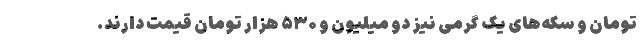
تومان و سکه‌های یک گرمی نیز دو میلیون و ۵۳۰ هزار تومان قیمت دارند.